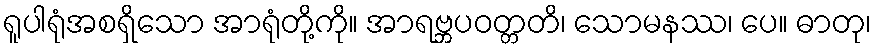
ရူပါရုံအစရှိသော အာရုံတို့ကို။ အာရဗ္ဘပဝတ္တတိ၊ သောမနဿ၊ ပေ။ ဓာတု၊